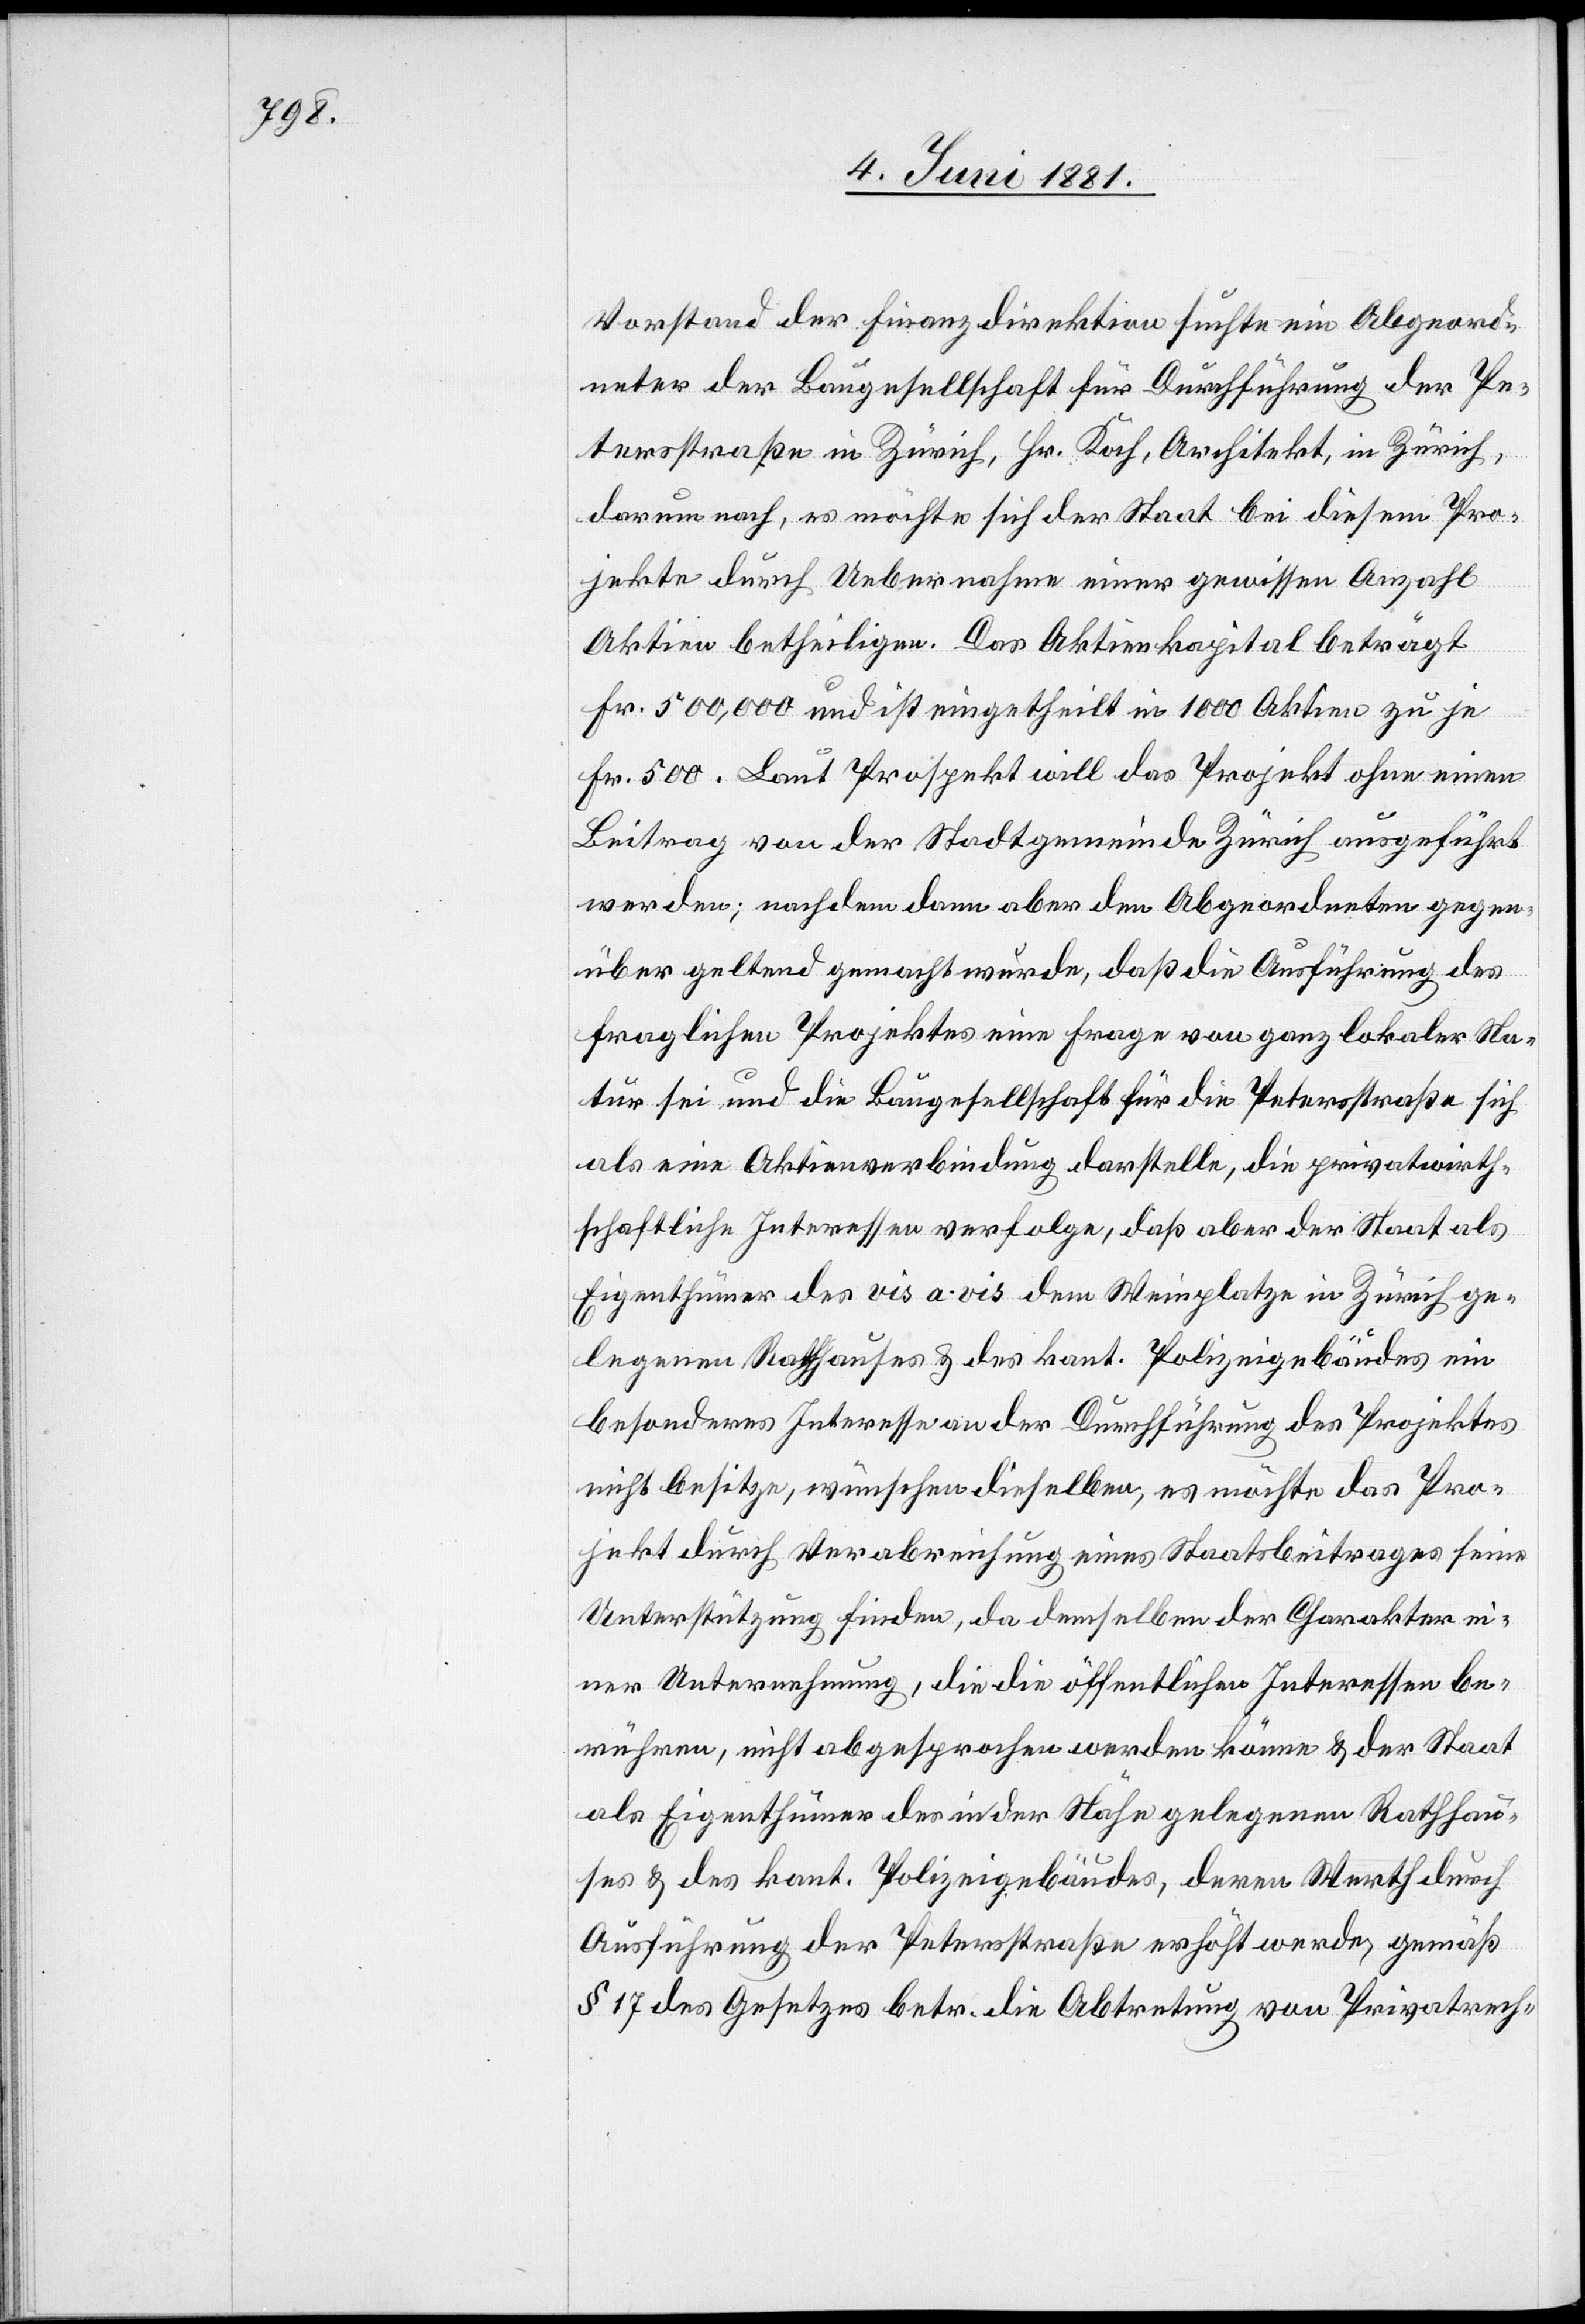
Vorstand der Finanzdirektion suchte ein Abgeord¬
neter der Baugesellschaft für Durchführung der Pe¬
tersstraße in Zürich, Hr. Koch, Architekt, in Zürich,
darum nach, es möchte sich der Staat bei diesem Pro¬
jekte durch Uebernahme einer gewissen Anzahl
Aktien betheiligen. Das Aktienkapital beträgt
Fr. 500,000 und ist eingetheilt in 1000 Aktien zu je
Fr. 500. Laut Prospekt will das Projekt ohne einen
Beitrag von der Stadtgemeinde Zürich ausgeführt
werden; nachdem dann aber dem Abgeordneten gegen¬
über geltend gemacht wurde, daß die Ausführung des
fraglichen Projektes eine Frage von ganz lokaler Na¬
tur sei, und die Baugesellschaft für die Petersstraße sich
als eine Aktienverbindung darstelle, die privatwirth¬
schaftliche Interessen verfolge, daß aber der Staat als
Eigenthümer des vis a vis dem Weinplatze in Zürich ge¬
legenen Rathhauses & des kant. Polizeigebäudes ein
besonderes Interesse an der Durchführung des Projektes
nicht besitze, wünschen dieselben, es möchte das Pro¬
jekt durch Verabreichung eines Staatsbeitrages seine
Unterstützung finden, da demselben der Charakter ei¬
ner Unternehmung, die die öffentlichen Interessen be¬
rühren, nicht abgesprochen werden könne & der Staat
als Eigenthümer des in der Nähe gelegenen Rathhau¬
ses & des kant. Polizeigebäudes, deren Werth durch
Ausführung der Petersstraße erhöht werde, gemäß
§ 17 des Gesetzes betr. die Abtretung von Privatrech-